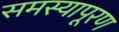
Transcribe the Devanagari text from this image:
समस्यापूरण